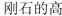
刚石的高